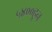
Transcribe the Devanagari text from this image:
५४००हून